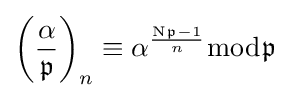
\left({\frac {\alpha }{\mathfrak {p}}}\right)_{n}\equiv \alpha ^{\frac {\mathrm {N} {\mathfrak {p}}-1}{n}}{\bmod {\mathfrak {p}}}